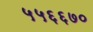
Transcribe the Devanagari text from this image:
५५६६७०